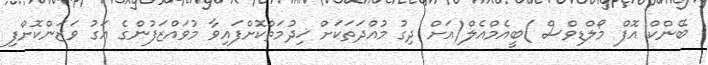
ބޭންކް އޮފް މޯލްޑިވްސް )ބީއެމްއެލް(އަށް ދިގު މުއްދަތަކަށް ޚިދުމަތްކޮށްފައިވާ މުވައްޒަފުންގެ އަގު ވަޒަންކޮށްފި